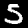
Label: 5